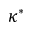
\kappa ^ { \ast }